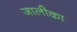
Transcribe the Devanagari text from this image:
जालीका